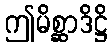
ဤမိစ္ဆာဒိဋ္ဌိ